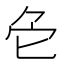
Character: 𠤓